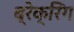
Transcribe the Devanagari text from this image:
ब्रेक्रिंग